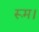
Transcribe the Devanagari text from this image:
रूम।